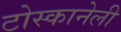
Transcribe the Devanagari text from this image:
टोस्कानेली